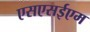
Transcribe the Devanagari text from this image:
एसएसईएम